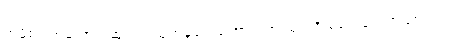
ရာမို့စ်ရဲဲ့အကောင်းဆုံးရှင်းထုတ်မှုတွေကြောင့်သာ သွင်းဂိုးမပေးခဲ့ရတာဖြစ်ပါတယ်။